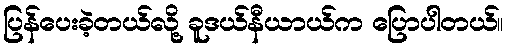
ပြန်ပေးခဲ့တယ်လို့ ခူဒယ်နီယာယ်က ပြောပါတယ်။